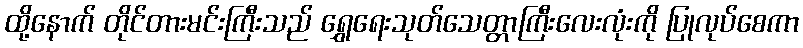
ထို့နောက် တိုင်တားမင်းကြီးသည် ရွှေရေးသုတ်သေတ္တာကြီးလေးလုံးကို ပြုလုပ်စေကာ